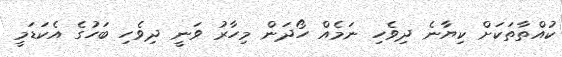
ކުއްތާތަކަށް ކިޔާނެ ދިވެހި ނަމެއް ހޯދަން މިހާރު ވަނީ ދިވެހި ބަހުގެ އެކަޑަމީ